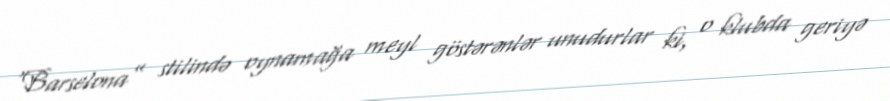
“Barselona” stilində oynamağa meyl göstərənlər unudurlar ki, o klubda geriyə